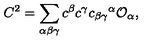
C ^ { 2 } = \sum _ { \alpha \beta \gamma } c ^ { \beta } c ^ { \gamma } c _ { \beta \gamma } { } ^ { \alpha } { \cal O } _ { \alpha } ,